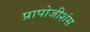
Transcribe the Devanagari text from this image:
प्रापोजीशंस